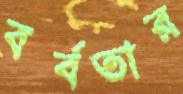
বর্বতার